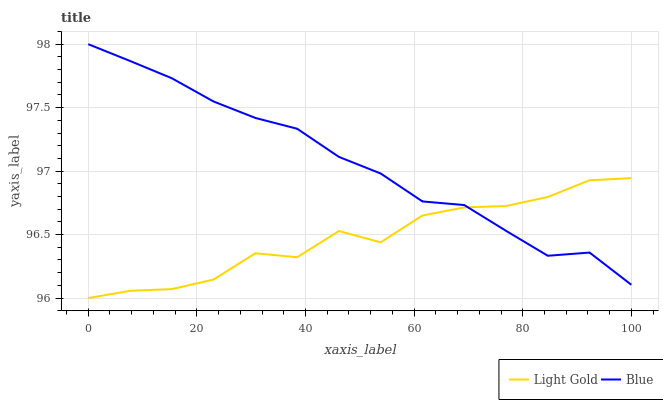
| xaxis_label | Light Gold | Blue |
 | --- | --- | --- |
 | 0 | 96 | 98 |
 | 7.69 | 96.1 | 97.9 |
 | 15.4 | 96.1 | 97.7 |
 | 23.1 | 96.1 | 97.5 |
 | 30.8 | 96.4 | 97.4 |
 | 38.5 | 96.3 | 97.3 |
 | 46.2 | 96.5 | 97.1 |
 | 53.8 | 96.4 | 97 |
 | 61.5 | 96.7 | 96.8 |
 | 69.2 | 96.7 | 96.7 |
 | 76.9 | 96.7 | 96.5 |
 | 84.6 | 96.8 | 96.3 |
 | 92.3 | 96.9 | 96.4 |
 | 100 | 96.9 | 96.1 |